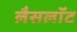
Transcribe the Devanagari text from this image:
लैसलॉट